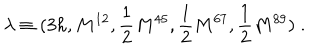
\lambda \equiv ( 3 h , M ^ { 1 2 } , { \frac { 1 } { 2 } } M ^ { 4 5 } , { \frac { 1 } { 2 } } M ^ { 6 7 } , { \frac { 1 } { 2 } } M ^ { 8 9 } ) \; .